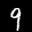
Label: 9